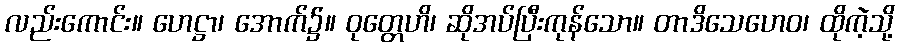
လည်းကောင်း။ ဟေဋ္ဌာ၊ အောက်၌။ ဝုတ္တေဟိ၊ ဆိုအပ်ပြီးကုန်သော။ တာဒိသေဟေဝ၊ ထိုကဲ့သို့